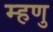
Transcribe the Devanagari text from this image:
म्हणु